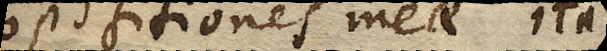
propositiones meae ita conceptae.